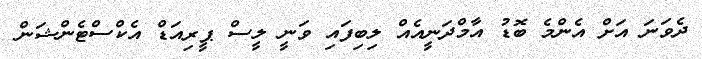
ދެވަނަ އަށް އެންމެ ބޮޑު އާމްދަނީއެއް ލިބިފައި ވަނީ ލީސް ޕީރިއަޑް އެކްސްޓެންޝަން